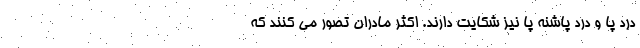
درد پا و درد پاشنه پا نیز شکایت دارند. اکثر مادران تصور می کنند که